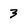
Character: 3